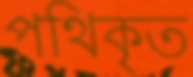
পথিকৃত